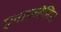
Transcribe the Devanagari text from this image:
एनाफ्लैसिस